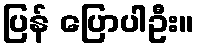
ပြန် ပြောပါဦး။